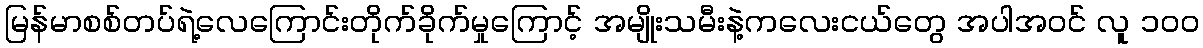
မြန်မာစစ်တပ်ရဲ့လေကြောင်းတိုက်ခိုက်မှုကြောင့် အမျိုးသမီးနဲ့ကလေးငယ်တွေ အပါအဝင် လူ ၁၀၀